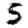
Digit: 5